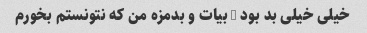
خیلی خیلی بد بود - بیات و بدمزه من که نتونستم بخورم